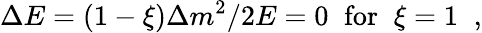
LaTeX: \Delta E=(1-\xi)\Delta m^{2}/2E=0\; \; \mathrm{for}\; \; \xi=1\; \; ,